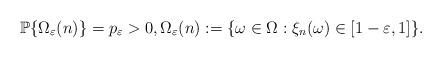
LaTeX: \begin{align*} \mathbb P\{\Omega_\varepsilon(n)\}=p_\varepsilon>0, \Omega _\varepsilon(n):=\{\omega\in \Omega:\xi_n(\omega)\in [1-\varepsilon, 1]\}.\end{align*}